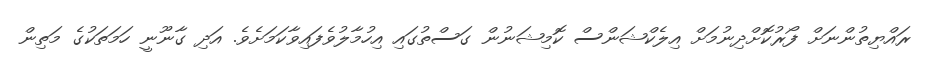
ރައްޔިތުންނަށް ފޯރުކޮށްދިނުމަށް އިލެކްޝަންސް ކޮމިޝަނުން ގަސްތުގައި އިހުމާލުވެފައިވާކަމަށެވެ. އަދި ގާނޫނީ ހަމަތަކުގެ މަތިން